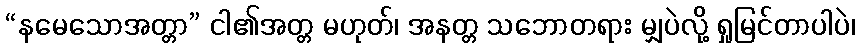
“နမေသောအတ္တာ” ငါ၏အတ္တ မဟုတ်၊ အနတ္တ သဘောတရား မျှပဲလို့ ရှုမြင်တာပါပဲ၊